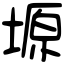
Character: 塬